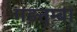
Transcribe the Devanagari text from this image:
गड़तुम्बा